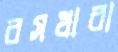
রসধারা